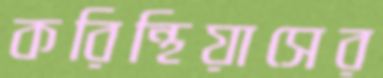
করিন্থিয়াসের